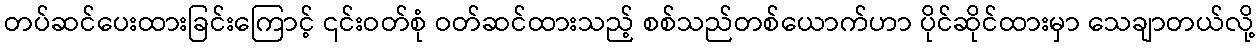
တပ်ဆင်ပေးထားခြင်းကြောင့် ၎င်းဝတ်စုံ ဝတ်ဆင်ထားသည့် စစ်သည်တစ်ယောက်ဟာ ပိုင်ဆိုင်ထားမှာ သေချာတယ်လို့